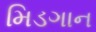
મિડગાન